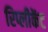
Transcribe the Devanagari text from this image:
रिप्लीकेंट